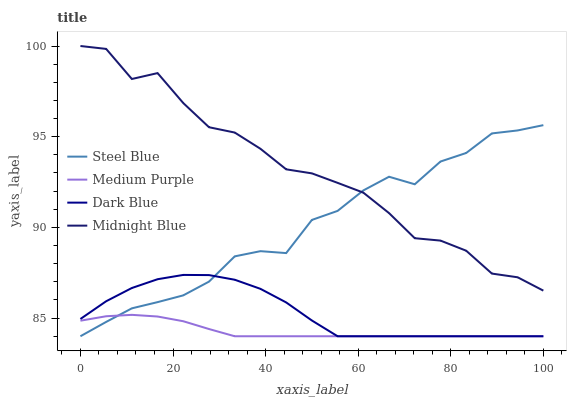
| xaxis_label | Steel Blue | Medium Purple | Dark Blue | Midnight Blue |
 | --- | --- | --- | --- | --- |
 | 0 | 84 | 84.9 | 85 | 100 |
 | 5.56 | 84.8 | 85.1 | 85.9 | 99.8 |
 | 11.1 | 85.5 | 85.2 | 86.7 | 98.2 |
 | 16.7 | 85.9 | 85.1 | 87.1 | 98.5 |
 | 22.2 | 86.3 | 84.8 | 87.4 | 96.9 |
 | 27.8 | 87 | 84.4 | 87.4 | 95.5 |
 | 33.3 | 88.4 | 84 | 87.1 | 95.2 |
 | 38.9 | 88.7 | 84 | 86.6 | 94.3 |
 | 44.4 | 88.6 | 84 | 85.9 | 93.2 |
 | 50 | 90.4 | 84 | 84.9 | 93 |
 | 55.6 | 90.9 | 84 | 84 | 92.5 |
 | 61.1 | 92 | 84 | 84 | 91.9 |
 | 66.7 | 92.8 | 84 | 84 | 90.8 |
 | 72.2 | 92.4 | 84 | 84 | 89.4 |
 | 77.8 | 93.6 | 84 | 84 | 89.3 |
 | 83.3 | 94.1 | 84 | 84 | 88.7 |
 | 88.9 | 95.2 | 84 | 84 | 87.5 |
 | 94.4 | 95.3 | 84 | 84 | 87.3 |
 | 100 | 95.6 | 84 | 84 | 86.5 |